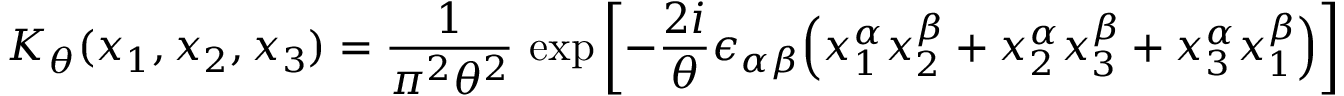
K _ { \theta } ( x _ { 1 } , x _ { 2 } , x _ { 3 } ) = \frac { 1 } { \pi ^ { 2 } \theta ^ { 2 } } \, \exp \left[ - \frac { 2 i } { \theta } \epsilon _ { \alpha \beta } \Bigl ( x _ { 1 } ^ { \alpha } x _ { 2 } ^ { \beta } + x _ { 2 } ^ { \alpha } x _ { 3 } ^ { \beta } + x _ { 3 } ^ { \alpha } x _ { 1 } ^ { \beta } \Bigr ) \right]